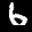
Label: 6